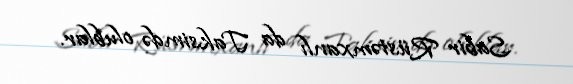
Sabir Rüstəmxanlı da Taksimdə olublar.